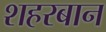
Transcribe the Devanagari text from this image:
शहरबान